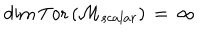
LaTeX: \mathrm { d i m } \, \mathrm { T o r } \left( { \cal M } _ { s c a l a r } \right) \, = \, \infty